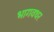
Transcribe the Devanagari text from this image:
भागवथर